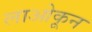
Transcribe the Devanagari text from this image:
लाओकून